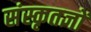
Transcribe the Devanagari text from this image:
संस्कृतज्ञों